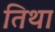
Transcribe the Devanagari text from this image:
तिथा